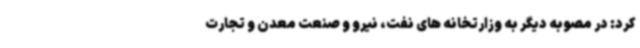
کرد: در مصوبه‌ دیگر به وزارتخانه های نفت، نیرو و صنعت معدن و تجارت